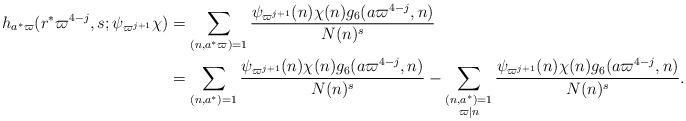
LaTeX: \begin{align*} h_{a^*\varpi}(r^*\varpi^{4-j} ,s;\psi_{\varpi^{j+1}}\chi) &=\sum_{(n,a^*\varpi)=1}\frac {\psi_{\varpi^{j+1}}(n)\chi(n)g_6(a\varpi^{4-j} ,n)}{N(n)^s} \\ &=\sum_{(n,a^*)=1}\frac {\psi_{\varpi^{j+1}}(n)\chi(n)g_6(a\varpi^{4-j} ,n)}{N(n)^s}-\sum_{\substack{(n,a^*)=1 \\ \varpi | n }}\frac {\psi_{\varpi^{j+1}}(n)\chi(n)g_6(a\varpi^{4-j} ,n)}{N(n)^s}.\end{align*}